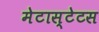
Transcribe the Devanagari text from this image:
मेटास्टेटस